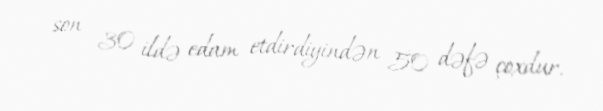
son 30 ildə edam etdirdiyindən 50 dəfə çoxdur.